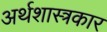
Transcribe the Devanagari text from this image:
अर्थशास्त्रकार